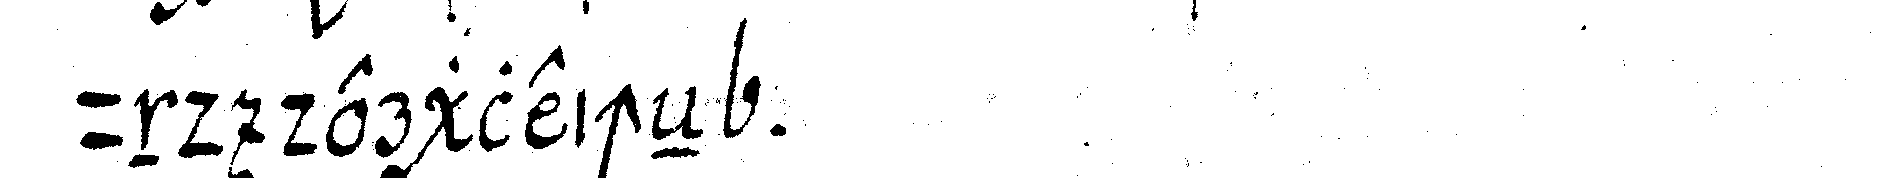
und dergleicheN .